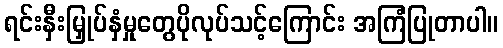
ရင်းနှီးမြှုပ်နှံမှုတွေပိုလုပ်သင့်ကြောင်း အကြံပြုတာပါ။